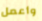
وأعمل